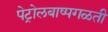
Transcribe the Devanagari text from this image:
पेट्रोलबाष्पगळती